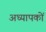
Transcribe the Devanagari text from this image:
अध्‍यापकों